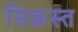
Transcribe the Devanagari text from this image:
सिक्रस्त